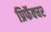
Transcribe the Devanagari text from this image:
प्रिफॅक्चर